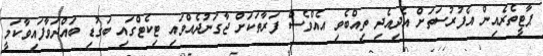
ޕާޓީތެރެއިން އެފުރުސަތަށް އެދިއެދި ތިއްބެވި އެއްވެސް ފަރާތަކަށް ޖާގަނުދެއްވައި ޓިކެޓްގައި ބަގުޑި ބައްދަވާފައިވާކަމީ